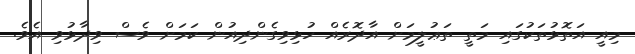
މިއީ އަތޮޅުތަކުގައި މަތީ ތަޢުލީމަށް އާދޮރެއް ހުޅިވިގެންދިއުން ކަމަށް ވެސް ވިދާޅުވި އެވެ.